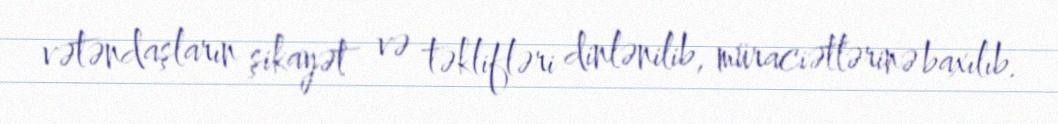
vətəndaşların şikayət və təklifləri dinlənilib, müraciətlərinə baxılıb.